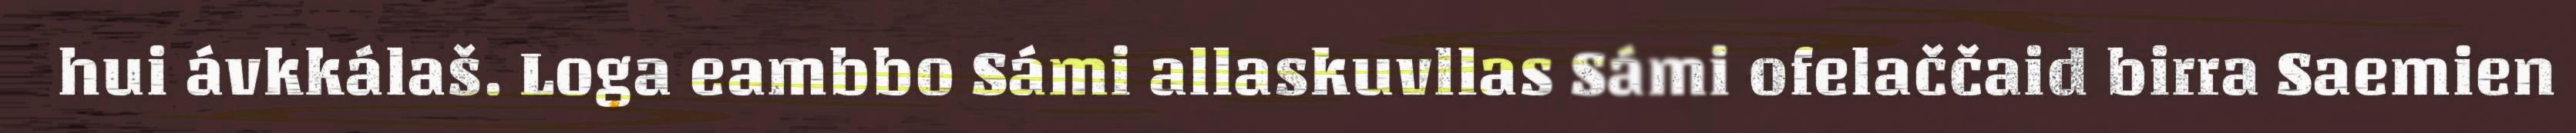
hui ávkkálaš. Loga eambbo Sámi allaskuvllas Sámi ofelaččaid birra Saemien